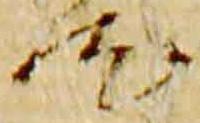
汰